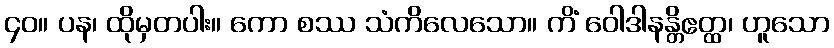
၄၀။ ပန၊ ထိုမှတပါး။ ကော စဿ သံကိလေသော။ ကိံ ဝေါဒါနန္တိဧတ္ထ၊ ဟူသော